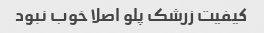
کیفیت زرشک پلو اصلا خوب نبود